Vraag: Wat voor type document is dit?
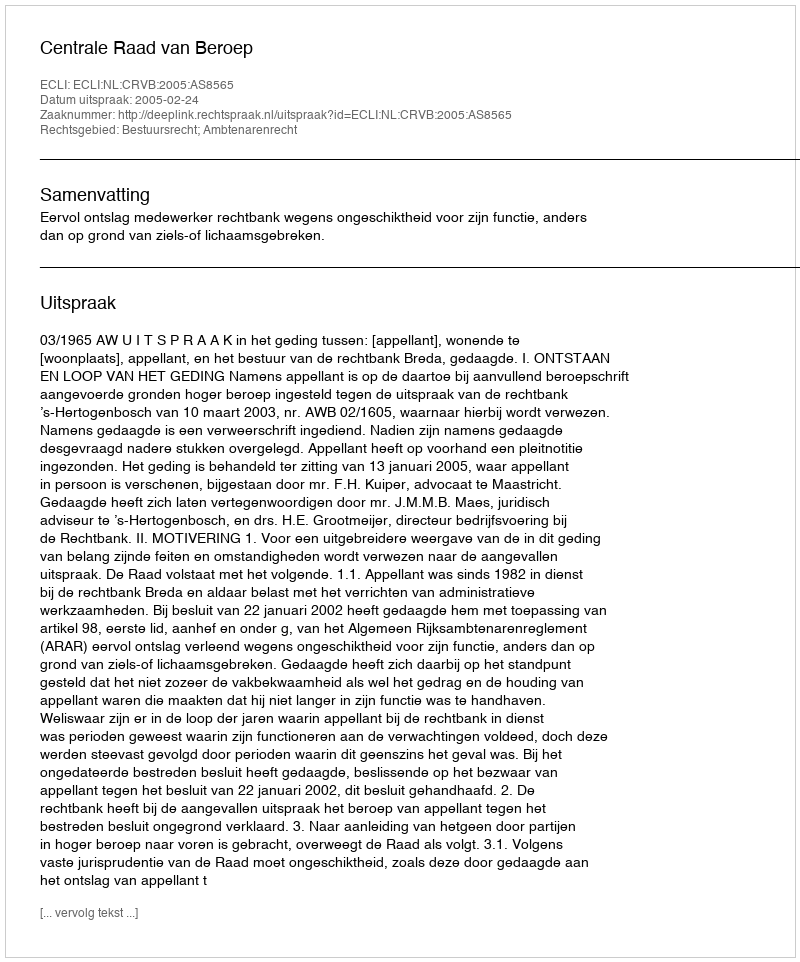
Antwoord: Uitspraak